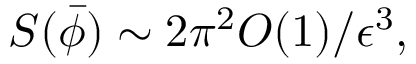
S ( \bar { \phi } ) \sim 2 \pi ^ { 2 } O ( 1 ) / \epsilon ^ { 3 } ,